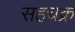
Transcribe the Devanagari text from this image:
सहचक्र